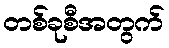
တစ်ခုစီအတွက်